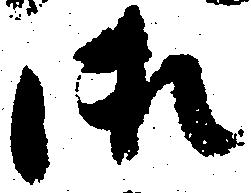
御